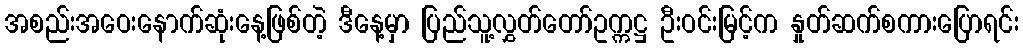
အစည်းအဝေးနောက်ဆုံးနေ့ဖြစ်တဲ့ ဒီနေ့မှာ ပြည်သူ့လွှတ်တော်ဥက္ကဋ္ဌ ဦးဝင်းမြင့်က နှုတ်ဆက်စကားပြောရင်း